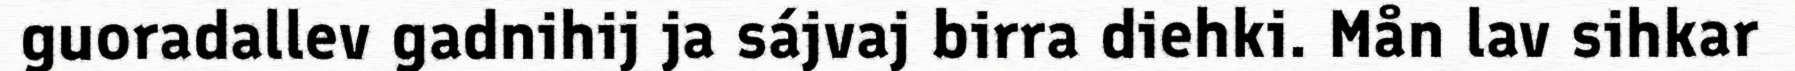
guoradallev gadnihij ja sájvaj birra diehki. Mån lav sihkar